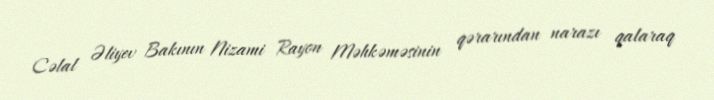
Cəlal Əliyev Bakının Nizami Rayon Məhkəməsinin qərarından narazı qalaraq